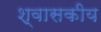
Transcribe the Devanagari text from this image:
श्वासकीय